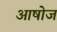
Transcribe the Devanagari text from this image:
आषोज